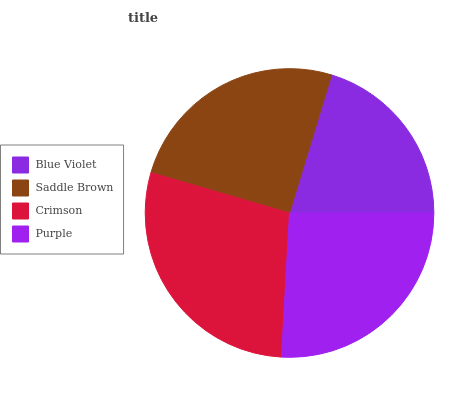
| Blue Violet | Saddle Brown | Crimson | Purple |
 | --- | --- | --- | --- |
 | 20.3% | 25.1% | 28.6% | 25.9% |